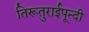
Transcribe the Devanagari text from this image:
तिरूतुराईपून्दी